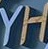
YH